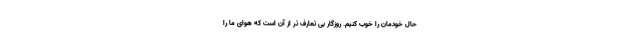
حال خودمان را خوب کنیم. روزگار بی تعارف تر از آن است که هوای ما را